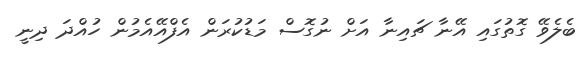
ބެލެވޭ ގޮތުގައި އޭނާ ޗައިނާ އަށް ނުގޮސް މަޑުކުރަން އެފްއޭއެމުން ހުއްދަ ދިނީ